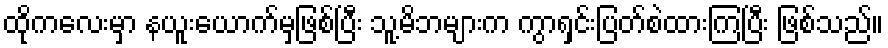
ထိုကလေးမှာ နယူးယောက်မှဖြစ်ပြီး သူ့မိဘများက ကွာရှင်းပြတ်စဲထားကြပြီး ဖြစ်သည်။